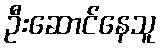
ဦးဆောင်နေသူ